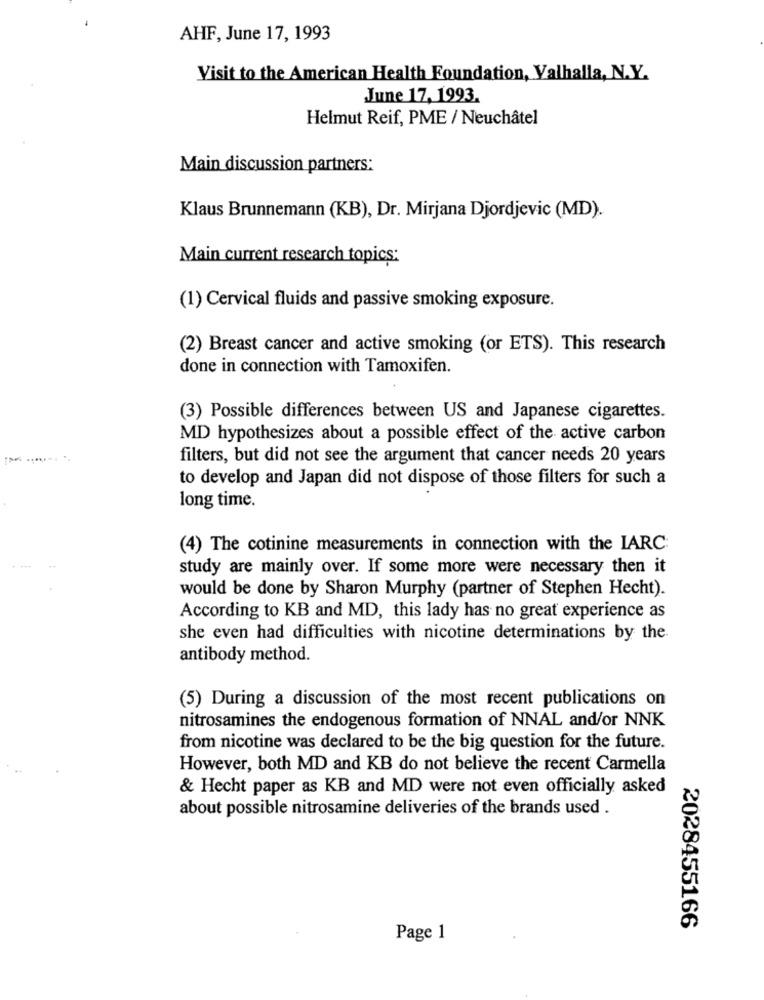
AHF, June 17, 1993
Visit to the American Health Foundation, Valhalla, N.Y.
June 17, 1993.
Helmut Reif, PME / Neuchâtel
Main discussion partners:
Klaus Brunnemann (KB), Dr. Mirjana Djordjevic (MD).
Main current research topics:
(1) Cervical fluids and passive smoking exposure.
(2) Breast cancer and active smoking (or ETS). This research
done in connection with Tamoxifen.
(3) Possible differences between US and Japanese cigarettes.
MD hypothesizes about a possible effect of the active carbon
filters, but did not see the argument that cancer needs 20 years
to develop and Japan did not dispose of those filters for such a
long time.
(4) The cotinine measurements in connection with the IARC:
study are mainly over. If some more were necessary then it
would be done by Sharon Murphy (partner of Stephen Hecht).
According to KB and MD, this lady has no great experience as
she even had difficulties with nicotine determinations by the.
antibody method.
(5) During a discussion of the most recent publications on
nitrosamines the endogenous formation of NNAL and/or NNK
from nicotine was declared to be the big question for the future.
However, both MD and KB do not believe the recent Carmella
& Hecht paper as KB and MD were not even officially asked
about possible nitrosamine deliveries of the brands used .
2028455166
Page 1